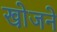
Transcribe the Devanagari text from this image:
खो़जने